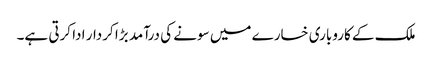
ملک کے کاروباری خسارے میں سونے کی درآمد بڑا کردار ادا کرتی ہے۔